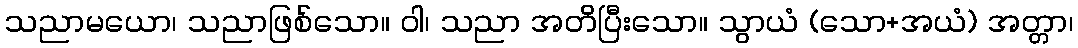
သညာမယော၊ သညာဖြစ်သော။ ဝါ၊ သညာ အတိပြီးသော။ သွာယံ (သော+အယံ) အတ္တာ၊